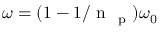
\omega = ( 1 - 1 / \mathrm { ~ n ~ } _ { \mathrm { ~ p ~ } } ) \omega _ { 0 }